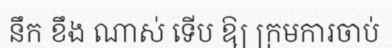
នឹក ខឹង ណាស់ ទើប ឱ្យ ក្រមការចាប់